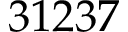
3 1 2 3 7